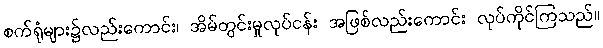
စက်ရုံများ၌လည်းကောင်း၊ အိမ်တွင်းမှုလုပ်ငန်း အဖြစ်လည်းကောင်း လုပ်ကိုင်ကြသည်။